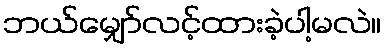
ဘယ်မျှော်လင့်ထားခဲ့ပါ့မလဲ။